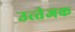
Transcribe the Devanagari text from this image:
उत्‍तेजक